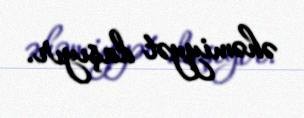
əhəmiyyət daşıyır.